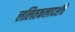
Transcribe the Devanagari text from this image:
ललितकलादर्शचे